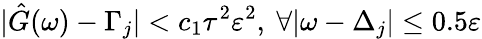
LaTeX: |\hat{G}(\omega)-\Gamma_{j}|<c_{1}\tau^{2}\varepsilon^{2},~\forall|\omega-\Delta_{j}|\leq 0.5\varepsilon